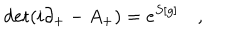
\mathrm { d e t } ( i \partial _ { + } - A _ { + } ) = e ^ { S [ g ] } \quad ,